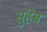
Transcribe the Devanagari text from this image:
सुहेब